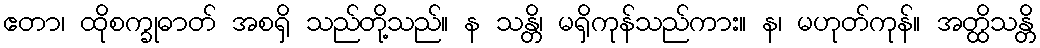
ဧတာ၊ ထိုစက္ခုဓာတ် အစရှိ သည်တို့သည်။ န သန္တိ၊ မရှိကုန်သည်ကား။ န၊ မဟုတ်ကုန်။ အတ္ထိသန္တိ